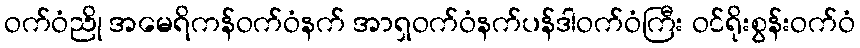
ဝက်ဝံညို အမေရိကန်ဝက်ဝံနက် အာရှဝက်ဝံနက်ပန်ဒါဝက်ဝံကြီး ဝင်ရိုးစွန်းဝက်ဝံ